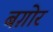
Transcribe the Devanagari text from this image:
बग़ोर